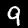
Label: 9